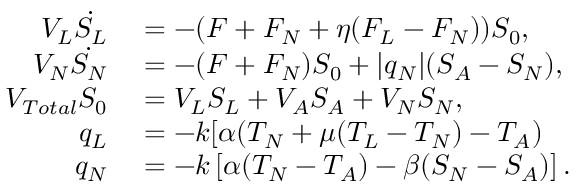
\begin{array} { r l } { V _ { L } \dot { S _ { L } } } & { { } = - ( F + F _ { N } + \eta ( F _ { L } - F _ { N } ) ) S _ { 0 } , } \\ { V _ { N } \dot { S _ { N } } } & { { } = - ( F + F _ { N } ) S _ { 0 } + | q _ { N } | ( S _ { A } - S _ { N } ) , } \\ { V _ { T o t a l } S _ { 0 } } & { { } = V _ { L } S _ { L } + V _ { A } S _ { A } + V _ { N } S _ { N } , } \\ { q _ { L } } & { { } = - k [ \alpha ( T _ { N } + \mu ( T _ { L } - T _ { N } ) - T _ { A } ) } \\ { q _ { N } } & { { } = - k \left[ \alpha ( T _ { N } - T _ { A } ) - \beta ( S _ { N } - S _ { A } ) \right] . } \end{array}